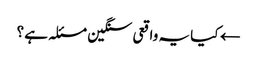
← کیا یہ واقعی سنگین مسئلہ ہے ؟